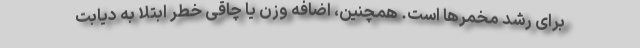
برای رشد مخمرها است. همچنین، اضافه وزن یا چاقی خطر ابتلا به دیابت